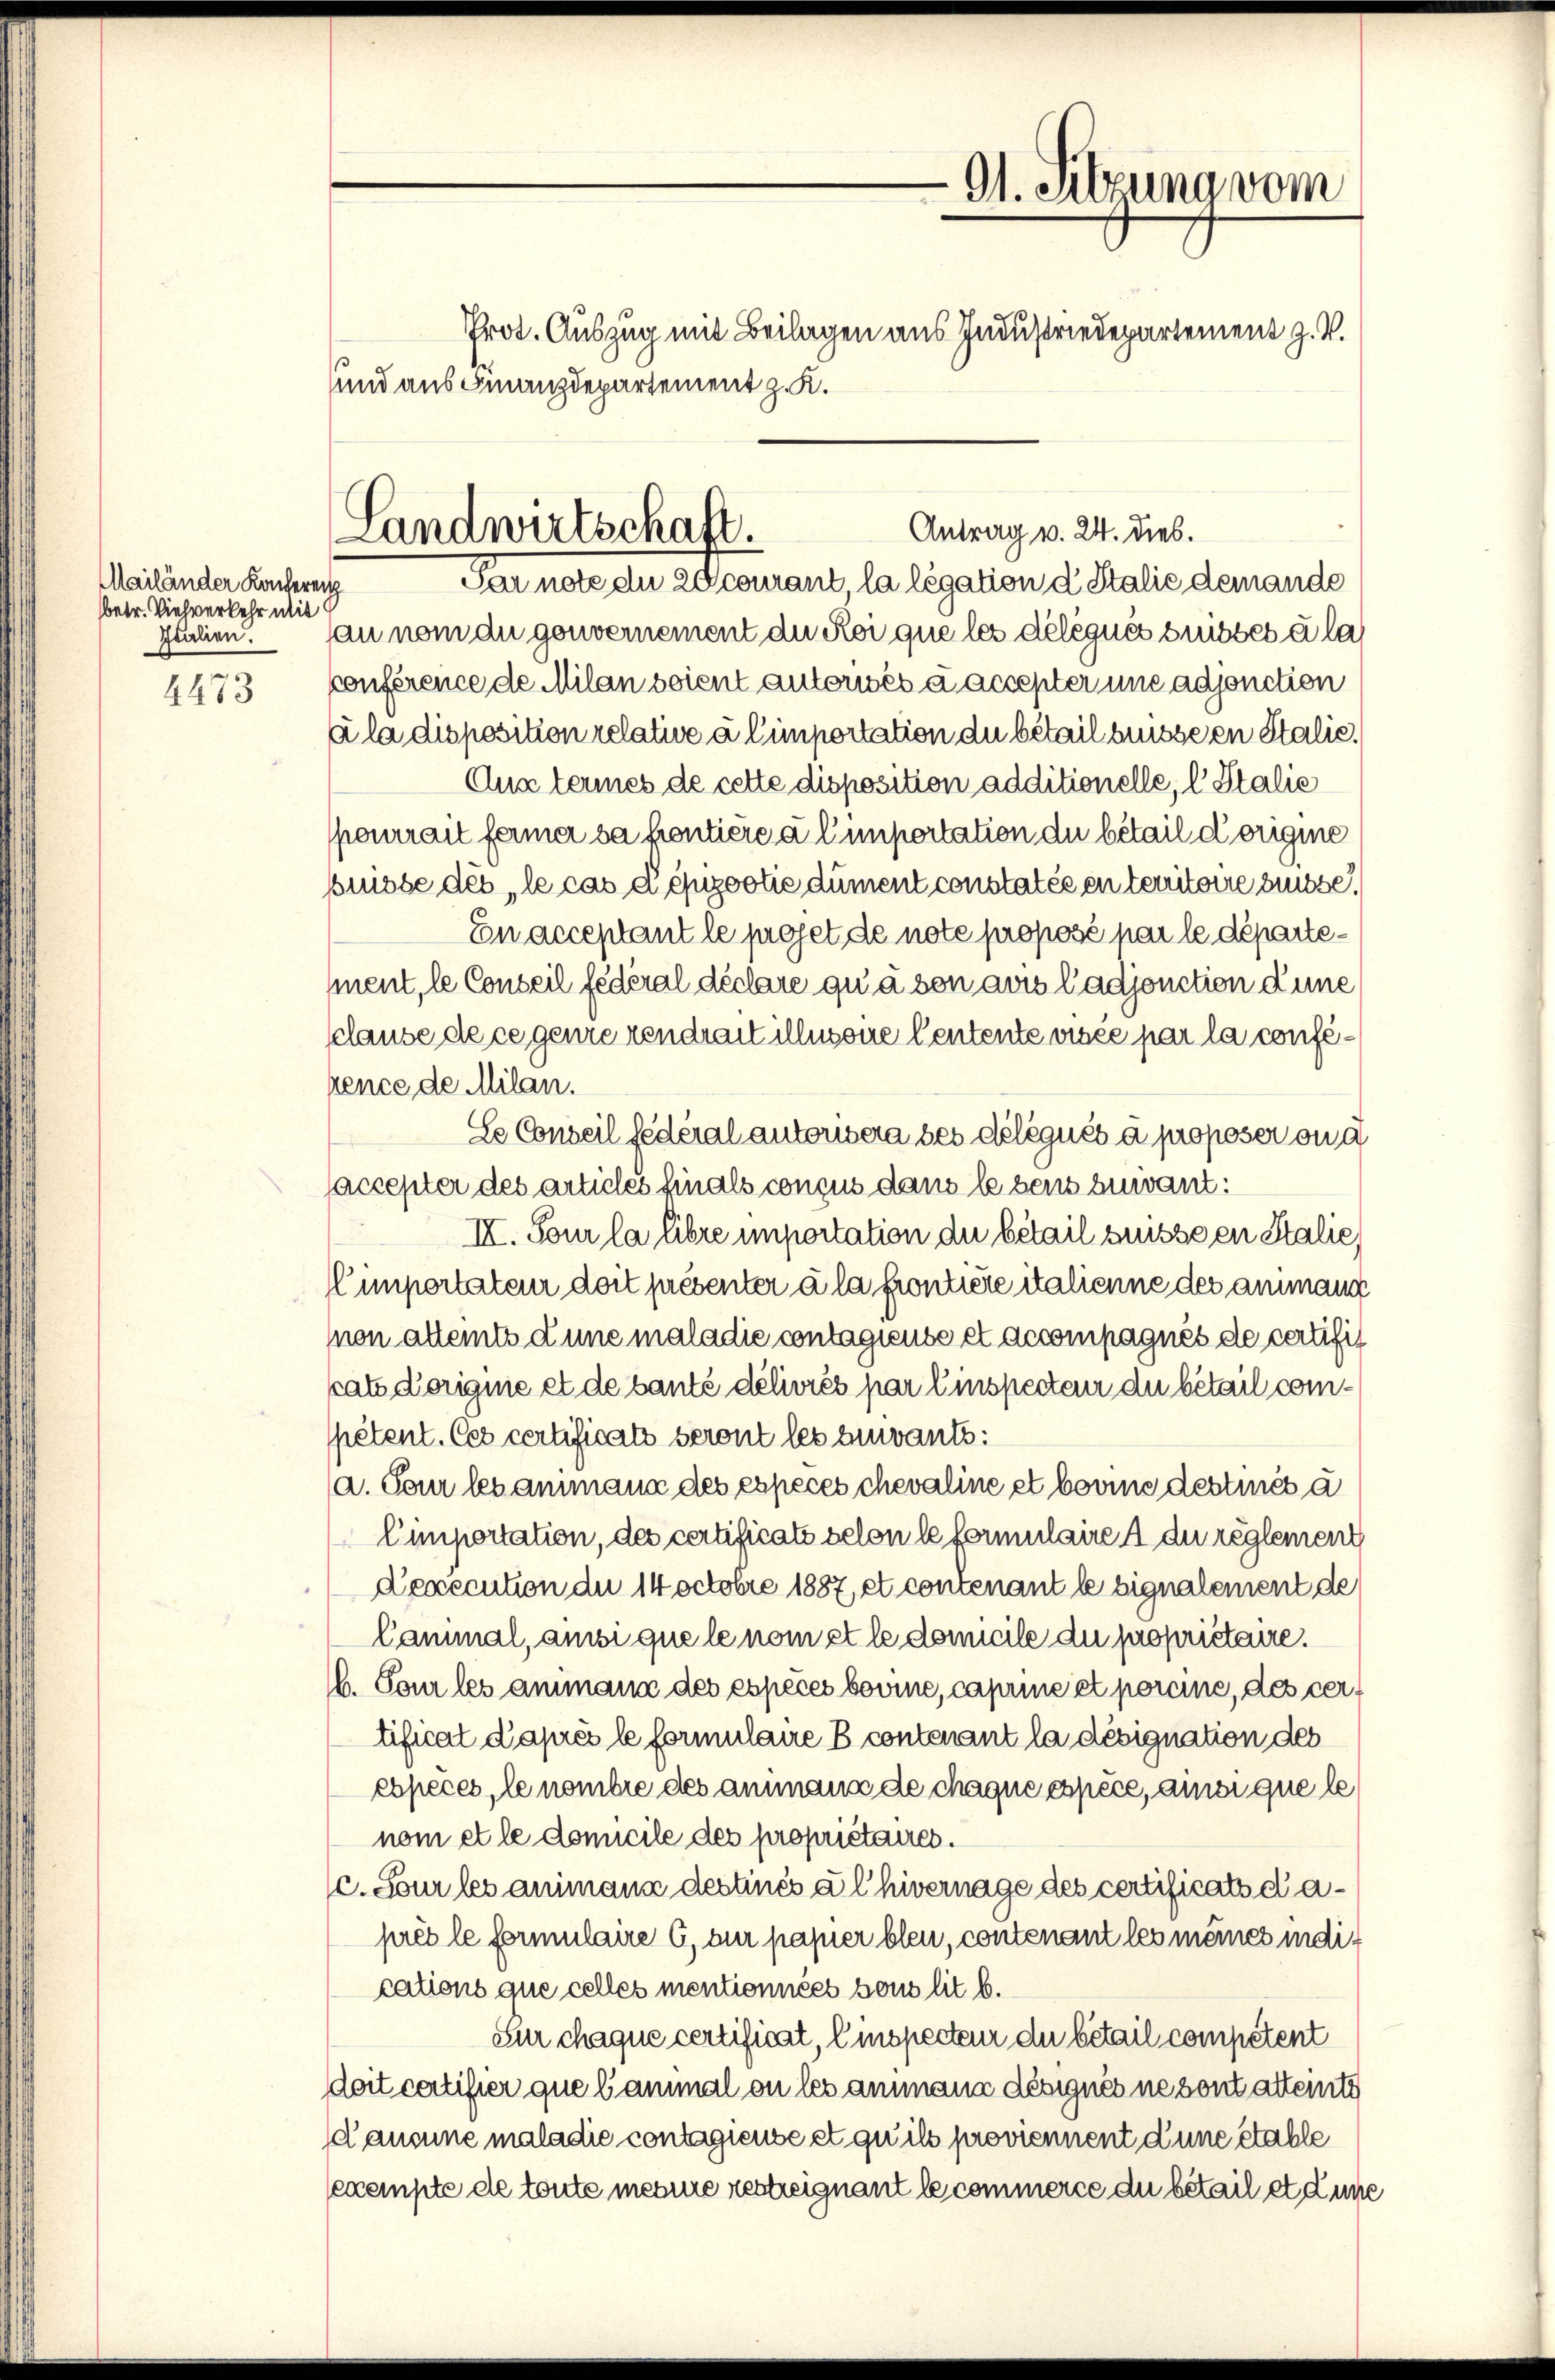
Mailänder Kacher
betr. Viehverkehr mit
Italien.
—
4473

und aus Finanzdepartement z. K.

Antrag v. 24. dies.
Landwirtschaft.
Par note du 2dcourant, la légation d Stalie demande

9t. Sitzung vom
Prot. Auszug mit Beilagen aus Industriedepartement z. V.

au nom du gouvernement du Roi que les délégués susses à la
conférence de Milan soient autorisés a accepter une adjonction
ála disposition relative à Cimportation du bétailbusseen Stalie,
Aux termes de cette disposition additionelle, l. Stalie
ponerait ferner sahentiere à l’importation du bétail dorigine
buisse des le cas dépizootie dument constatée en territoire desse
En acceptant le projet de note proposé par le département, le Conseil fédéral déclare qu’ à son aus Cadjonction dune
sclause de ce genre rendrait illusone Centente visée par la conference de Milan.
Se Conseil fédéral autorisera des délégués à proposer ou d
saccepter des articles finals conçus dans lebens zuwant:
II. Sour la libre importation die betail suisse en Stalie
emportateur doit présenter à la frontiere italienne des animann
mon altemts d’une maladie contagieuse et accompagnés de certifikats vorignie et de baute délivrés par Einspecten du bétail competent. Ces certificats seront les vivants:
a. Tour les ammann des expeces chevaline et bonne destinés à
Cumportation, des certificato selon le formulaire a du reglement
Dexecution du 14 Octobre 1887, et contenant le signalement de
lanmal, ansi que le nom et le domicile du propriétaire.
6. Tour les animann des espèces bovine, caprine et pereme, des vertificat d’après le formulaire B contenant la désignation des
chpeces, le nombre des animann de chaque espèce, ainer que le
nom et le domicile des propriétaires.
c. Sour les animann destinés à l’ hivernage des certificats daprès le formulaire 6, zur papier bleu, contenant les meines indif
cations que celles mentionnées sous lit. b.
Sur chaque certificat, linspecteur du bétail competent
doit certifier que lanimal ou les ammann désignés ne sont attents
d’aucune maladie contagieuse et qu’ils proviennent d’une étable
sexempte de toute meine restreignant le commerce du bétail et d’une